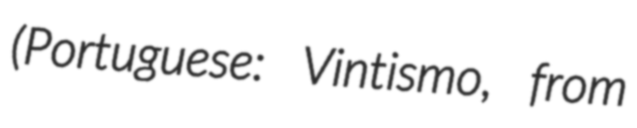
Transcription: (Portuguese: Vintismo, from